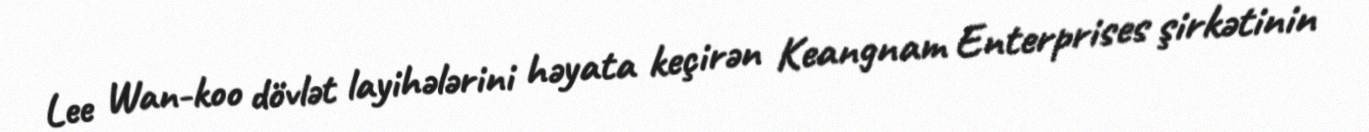
Lee Wan-koo dövlət layihələrini həyata keçirən Keangnam Enterprises şirkətinin